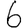
Digit: 6